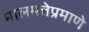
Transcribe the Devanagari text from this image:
मालमत्तेप्रमाणे